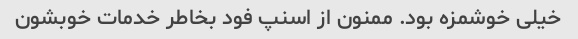
خیلی خوشمزه بود. ممنون از اسنپ فود بخاطر خدمات خوبشون